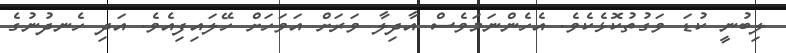
ލިބުނީ ކުޑަ ވަގުތުކޮޅެކެވެ. އެހެންނަމަވެސް އާދިލާ ވަރަށް އަވަހަށް ހޭލައިފިއެވެ. އަދި ހެނދުނުގެ